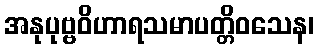
အနုပုဗ္ဗဝိဟာရသမာပတ္တိဝသေန၊